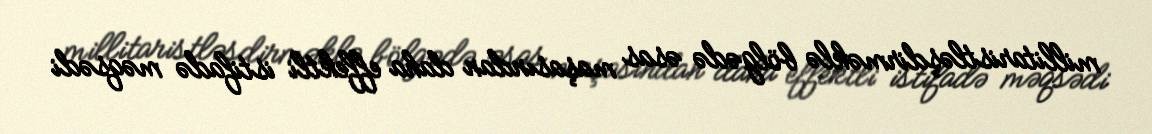
millitaristləşdirməklə bölgədə əsas maşasından daha effektli istifadə məqsədi